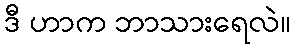
ဒီ ဟာက ဘာသားရေလဲ။